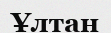
Ұлтан